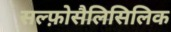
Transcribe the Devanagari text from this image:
सल्फ़ोसैलिसिलिक